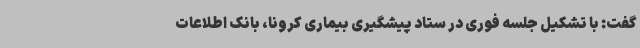
گفت: با تشکیل جلسه فوری در ستاد پیشگیری بیماری کرونا، بانک اطلاعات